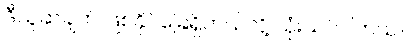
ဒီယူဆချက် ဖြစ်နိုင်ခြေရှိတယ်လို့ သုံးသပ်ပါတယ်။